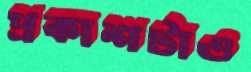
প্রকাশটাও